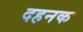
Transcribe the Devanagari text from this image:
दहनक